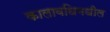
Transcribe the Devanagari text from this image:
कालावधिमधील